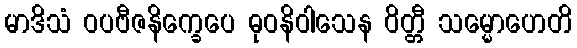
မာဒိသံ ဝပဗီဇနိက္ခေပေ ဓုဝနိဝါသေန ဝိတ္တီ သမ္မောဟေတိ